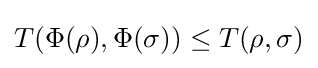
T(\Phi (\rho ),\Phi (\sigma ))\leq T(\rho ,\sigma )